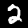
Label: 2